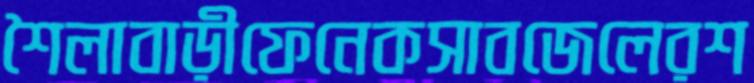
শৈলাবাড়ীফেনেকসাবজেলেরশ